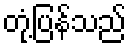
တုံ့ပြန်သည်